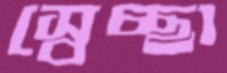
স্বেচ্ছা